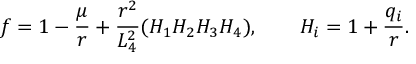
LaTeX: f = 1 - \frac { \mu } { r } + \frac { r ^ { 2 } } { L _ { 4 } ^ { 2 } } ( H _ { 1 } H _ { 2 } H _ { 3 } H _ { 4 } ) , ~ ~ ~ ~ ~ ~ H _ { i } = 1 + \frac { q _ { i } } { r } .